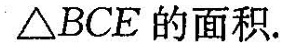
△BCE的面积。